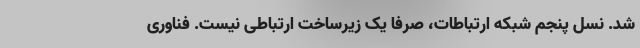
شد. نسل پنجم شبکه ارتباطات، صرفاً یک زیرساخت ارتباطی نیست. فناوری